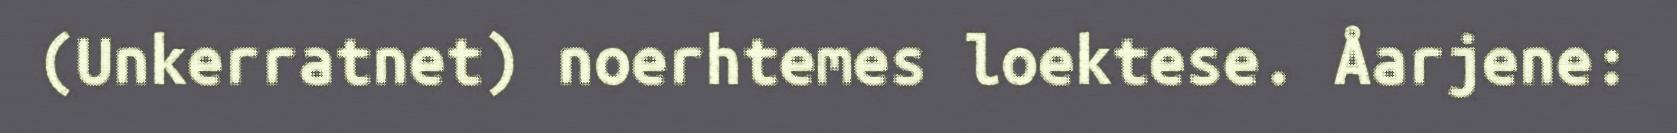
(Unkerratnet) noerhtemes loektese. Åarjene: